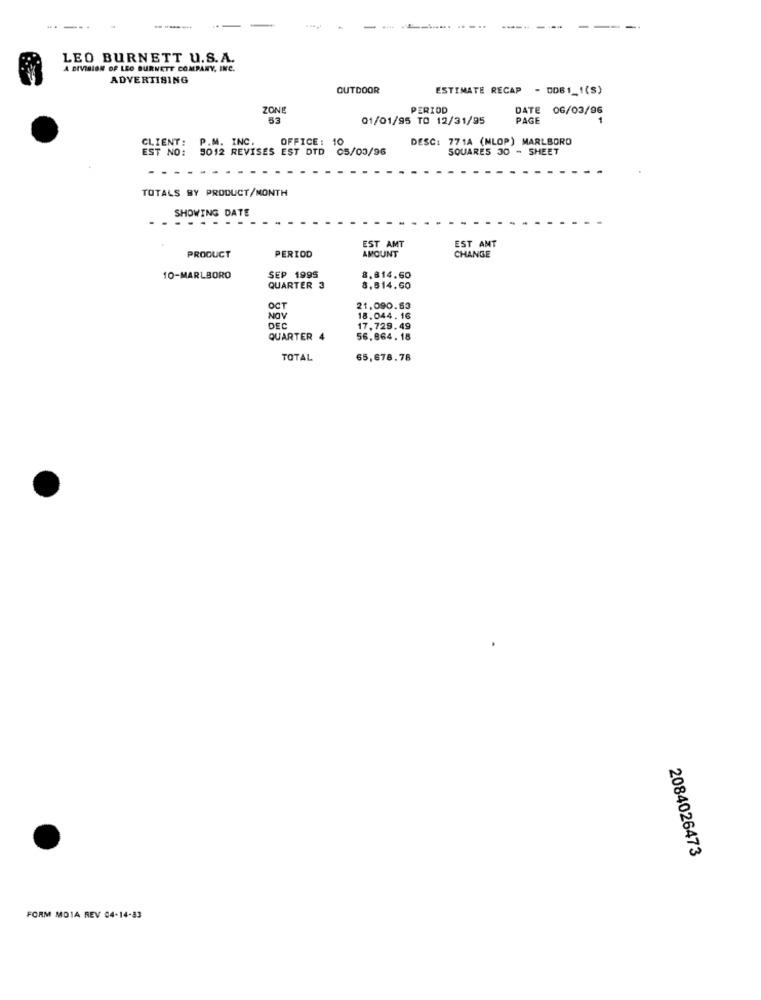
...
----..
LEO BURNETT U.S.A.
A DIVISION OF LEO BURNETT COMPANY, INC.
ADVERTISING
OUTDOOR
ESTIMATE RECAP - DDB1_1(S)
ZONE
PERIOD
DATE
06/03/96
53
01/01/95 TO 12/31/95
PAGE
CLIENT:
P.M. INC.
OFFICE: 10
DESC: 771A (NLOP) MARLBORO
EST NO:
5012 REVISES EST DTD 05/03/96
SQUARES 30 - SHEET
TOTALS BY PRODUCT/MONTH
SHOWING DATE
EST AMT
AMOUNT
EST AMT
PRODUCT
PERIOD
CHANGE
10-MARLBORO
SEP 1995
8.814.60
QUARTER 3
8,814.60
OCT
21.090.63
NOV
18.044. 16
DEC
17,729.49
QUARTER 4
56,864. 18
TOTAL
65,678.78
2084026473
FORM MO1A REV 04-14-83